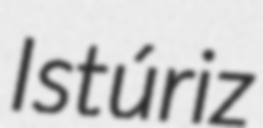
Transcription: Istúriz